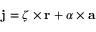
\mathbf { j } = { \boldsymbol { \zeta } } \times \mathbf { r } + { \boldsymbol { \alpha } } \times \mathbf { a }